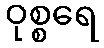
ဝုစ္စရေ